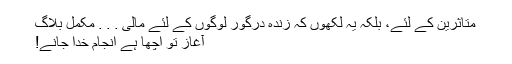
متاثرین کے لئے، بلکہ یہ لکھوں کہ زندہ درگور لوگوں کے لئے مالی . . . مکمل بلاگ
آغاز تو اچھا ہے انجام خدا جانے!